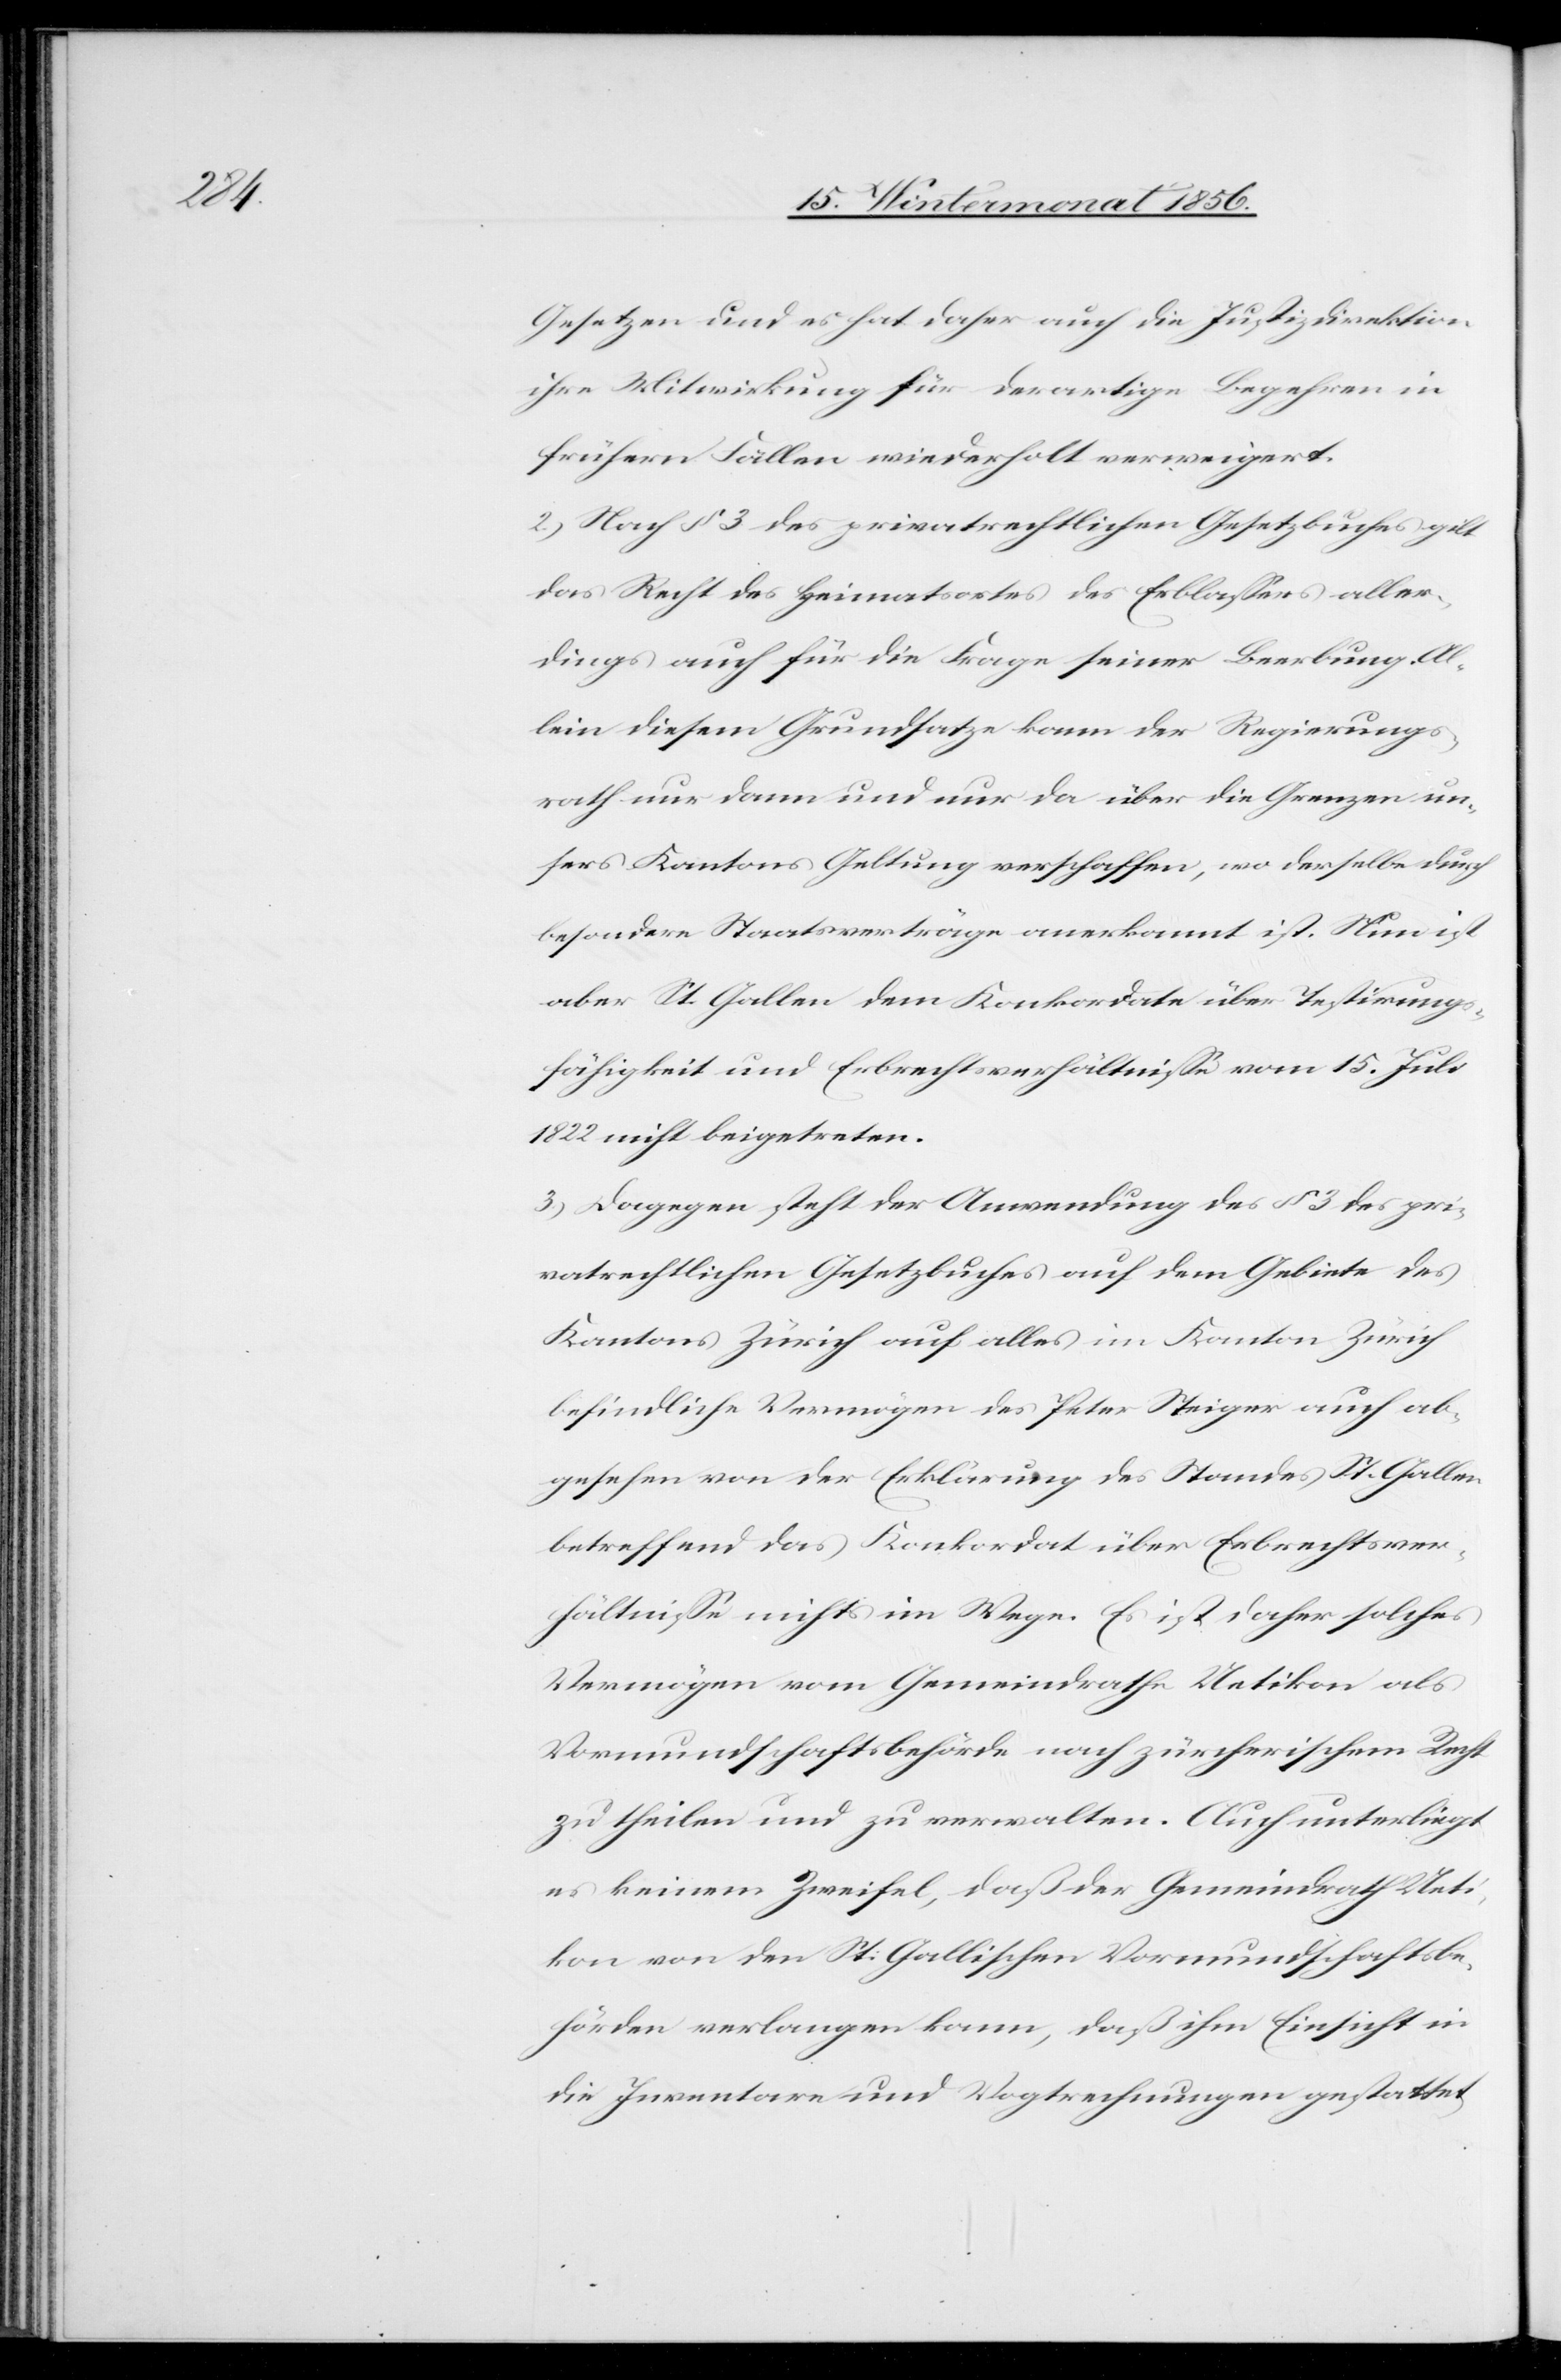
Gesetzen und es hat daher auch die Justizdirektion
ihre Mitwirkung für derartige Begehren in
frühern Fällen wiederholt verweigert.
2.) Nach § 3 des privatrechtlichen Gesetzbuches gilt
das Recht des Heimatortes des Erblassers aller¬
dings auch für die Frage seiner Beerbung. Al¬
lein diesem Grundsatze kann der Regierungs¬
rath nur dann und nur da über die Grenzen un¬
sers Kantons Geltung verschaffen, wo derselbe durch
besondere Staatsverträge anerkannt ist. Nun ist
aber St. Gallen dem Konkordate über Testirungs¬
fähigkeit und Erbrechtsverhältnisse vom 15. Juli
1822 nicht beigetreten.
3.) Dagegen steht der Anwendung des § 3 des pri¬
vatrechtlichen Gesetzbuches auf dem Gebiete des
Kantons Zürich auf alles im Kanton Zürich
befindliche Vermögen des Peter Steiger auch ab¬
gesehen von der Erklärung des Standes St. Gallen
betreffend das Konkordat über Erbrechtsver¬
hältnisse nichts im Wege. Es ist daher solches
Vermögen vom Gemeindrathe Uetikon als
Vormundschaftsbehörde nach zürcherischem Recht
zu theilen und zu verwalten. Auch unterliegt
es keinem Zweifel, daß der Gemeindrath Ueti¬
kon von den St. Gallischen Vormundschaftsbe¬
hörden verlangen kann, daß ihm Einsicht in
die Inventare und Vogtrechnungen gestattet